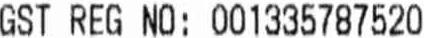
GST REG NO: 001355787520